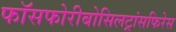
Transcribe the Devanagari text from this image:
फॉसफोरीबोसिलट्रांसफिरेस